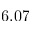
6 . 0 7